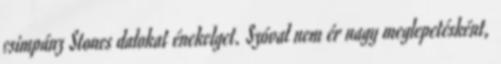
csimpánz Stones dalokat énekelget. Szóval nem ér nagy meglepetésként,